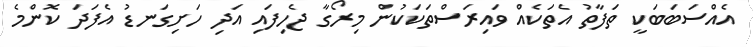
އެއްސަބަބަކީ ތަފާތު އެތަކެއް ވައިރަސްތަކަކުން މިރޯގާ ޖެހިފައި އަދި ހަށިގަނޑު އެފަދަ ކޮންމެ